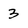
Character: 3